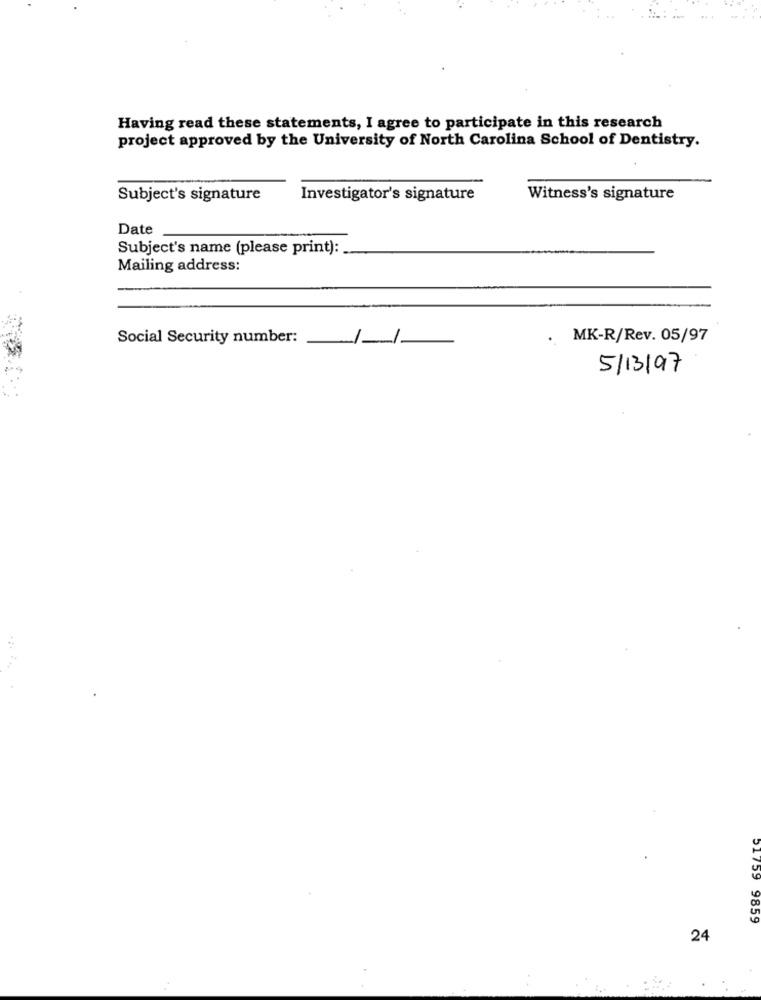
Having read these statements, I agree to participate in this research
project approved by the University of North Carolina School of Dentistry.
Subject's signature
Investigator's signature
Witness's signature
Date
Subject's name (please print):
Mailing address:
Social Security number:
MK-R/Rev. 05/97
5/13/97
51759
9859
24